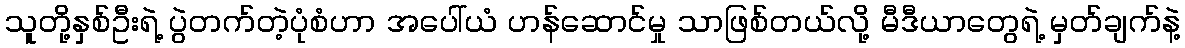
သူတို့နှစ်ဦးရဲ့ ပွဲတက်တဲ့ပုံစံဟာ အပေါ်ယံ ဟန်ဆောင်မှု သာဖြစ်တယ်လို့ မီဒီယာတွေရဲ့ မှတ်ချက်နဲ့